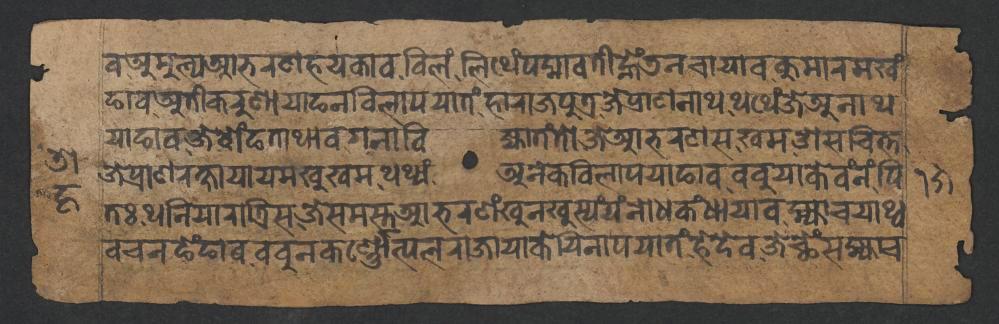
𑐰𑐀𑐩𑐸𑐮𑑂𑐫𑐁𑐨𑐬𑐞𑐴𑐫𑐎𑐵𑐰𑐧𑐶𑐮𑑄𑐮𑐶𑐠𑐾𑑄𑐥𑐡𑑂𑐩𑐵𑐰𑐟𑐷𑐣𑑂𑐴𑐾𑑄𑐜𑐣𑐔𑐵𑐫𑐵𑐰𑐎𑐸𑐩𑐵𑐬𑐩𑐏𑑄 𑐒𑐵𑐰𑐀𑐟𑐷𑐎𑐬𑐸𑐞𑐵𑐫𑐵𑐒𑐣𑐰𑐶𑐮𑐵𑐥𑐫𑐵𑐟𑑄𑐴𑐵𑐬𑐵𑐖𑐥𑐸𑐟𑑂𑐬𑐖𑐾𑐥𑑂𑐬𑐵𑐞𑐣𑐵𑐠𑐠𑐠𑐾𑑄𑐖𑐾𑐀𑐣𑐵𑐠 𑐫𑐵𑐒𑐵𑐰𑐖𑐾𑐧𑑀𑑄𑐒𑐟𑐵𑐠𑐵𑐰𑐐𑐣𑐵𑐧𑐶𑐖𑑂𑐫𑐵𑐟𑑄𑐟𑑀𑐖𑐾𑐁𑐨𑐬𑐞𑐳𑐏𑐩𑐌𑐳𑐔𑐶𑐟𑑂𑐟 𑐖𑐾𑐥𑑂𑐬𑐵𑐞𑐬𑐎𑑂𑐲𑐵𑐫𑐵𑐫𑐩𑐏𑐸𑐏𑐩𑐠𑐠𑑂𑐫𑑄𑐀𑐣𑐾𑐎𑐰𑐶𑐮𑐵𑐥𑐫𑐵𑐒𑐵𑐰𑐧𑐧𑐸𑐫𑐵𑐎𑐾𑐰𑑄𑐣𑑄𑐥𑐶 𑐟𑑅𑐠𑐣𑐶𑐫𑐵𑐬𑐵𑐟𑑂𑐬𑐶𑐳𑐖𑐾𑐳𑐩𑐳𑑂𑐟𑐁𑐨𑐬𑐞𑑄𑐏𑐸𑐣𑐏𑐸𑐳𑑂𑐫𑑄𑐫𑑄𑐣𑑀𑐢𑐎𑑄𑐢𑐵𑐫𑐵𑐰𑐩𑑂𑐴𑑂𑐫𑐵𑐔𑐫𑐵𑐠𑑂𑐰 𑐰𑐔𑐣𑐒𑐾𑑄𑐒𑐵𑐰𑐧𑐧𑐸𑐣𑐎𑐬𑑂𑐞𑑂𑐞𑑀𑐟𑑂𑐥𑐮𑐬𑐵𑐖𑐵𑐫𑐵𑐎𑐾𑐫𑐶𑐣𑐵𑐥𑐫𑐵𑐟𑑄𑐴𑐾𑐡𑐾𑐰𑐖𑐾𑐕𑐾𑑄𑐳𑐩𑑂𑐴𑑂𑐫𑐵𑐔